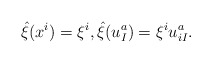
\begin{align*}\hat{\xi}(x^i) = \xi^i, \hat{\xi}(u^a_I) = \xi^i u^a_{iI} .\end{align*}